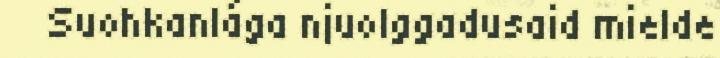
Suohkanlága njuolggadusaid mielde